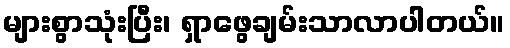
များစွာသုံးပြီး၊ ရှာဖွေချမ်းသာလာပါတယ်။